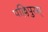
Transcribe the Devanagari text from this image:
पल्लिपुरम्